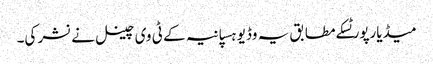
میڈیارپورٹسکے مطابق یہ وڈیو ہسپانیہ کے ٹی وی چینل نے نشر کی۔